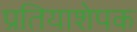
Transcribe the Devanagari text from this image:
प्रतियाशेपक